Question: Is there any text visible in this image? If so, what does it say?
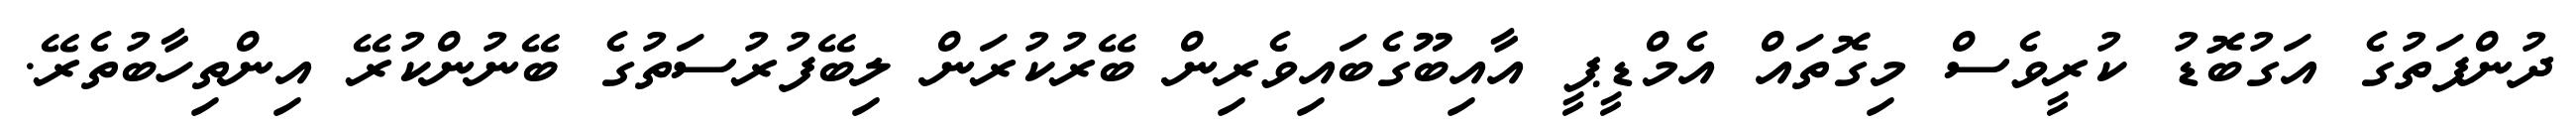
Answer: ދުންފަތުގެ އަގުބޮޑު ކުރީވެސް މިގޮތައް އެމްޑީޕީ އާއިބޫގެބައިވެރިން ބޭރުކުރަން ލިބޭފުރުސަތުގެ ބޭނުންކުރޭ އިންތިހާބުތެރޭ.